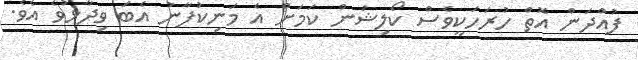
ފުއްދަން އޮތް ހުރަހަކީވެސް ކޯލިޝަން ކަމަށް އެ މަނިކުފާނު އެބަ ވިދާޅުވެ އެވެ.